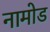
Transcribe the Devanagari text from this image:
नामोड